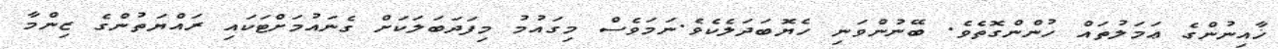
ޚާއިނުންގެ ޢަމަލުތައް ހުންންގޮތެވެ. ބޭނުންވަނި ހެޔޮބަދަލެކެވެ.ނަމަވެސް މިގައުމު މިފަދަބަލަކަށް ގެނައުމަށްޓަކައި ރައްޔަތުންގެ ޒިންމާ